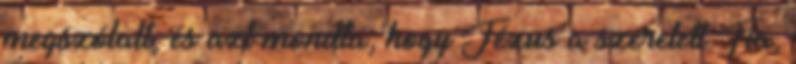
megszólalt, és azt mondta, hogy Jézus a szeretett Fia,